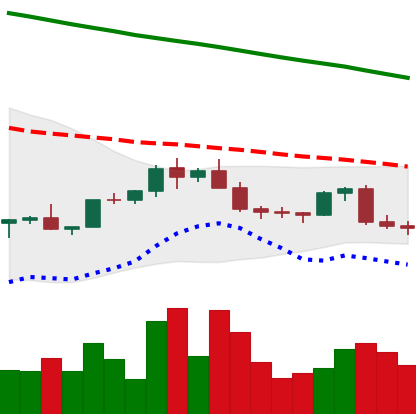
Ticker: EOS-USD
Chart end date: 2022-02-19
Forward return: -9.642%
Label: down_7plus